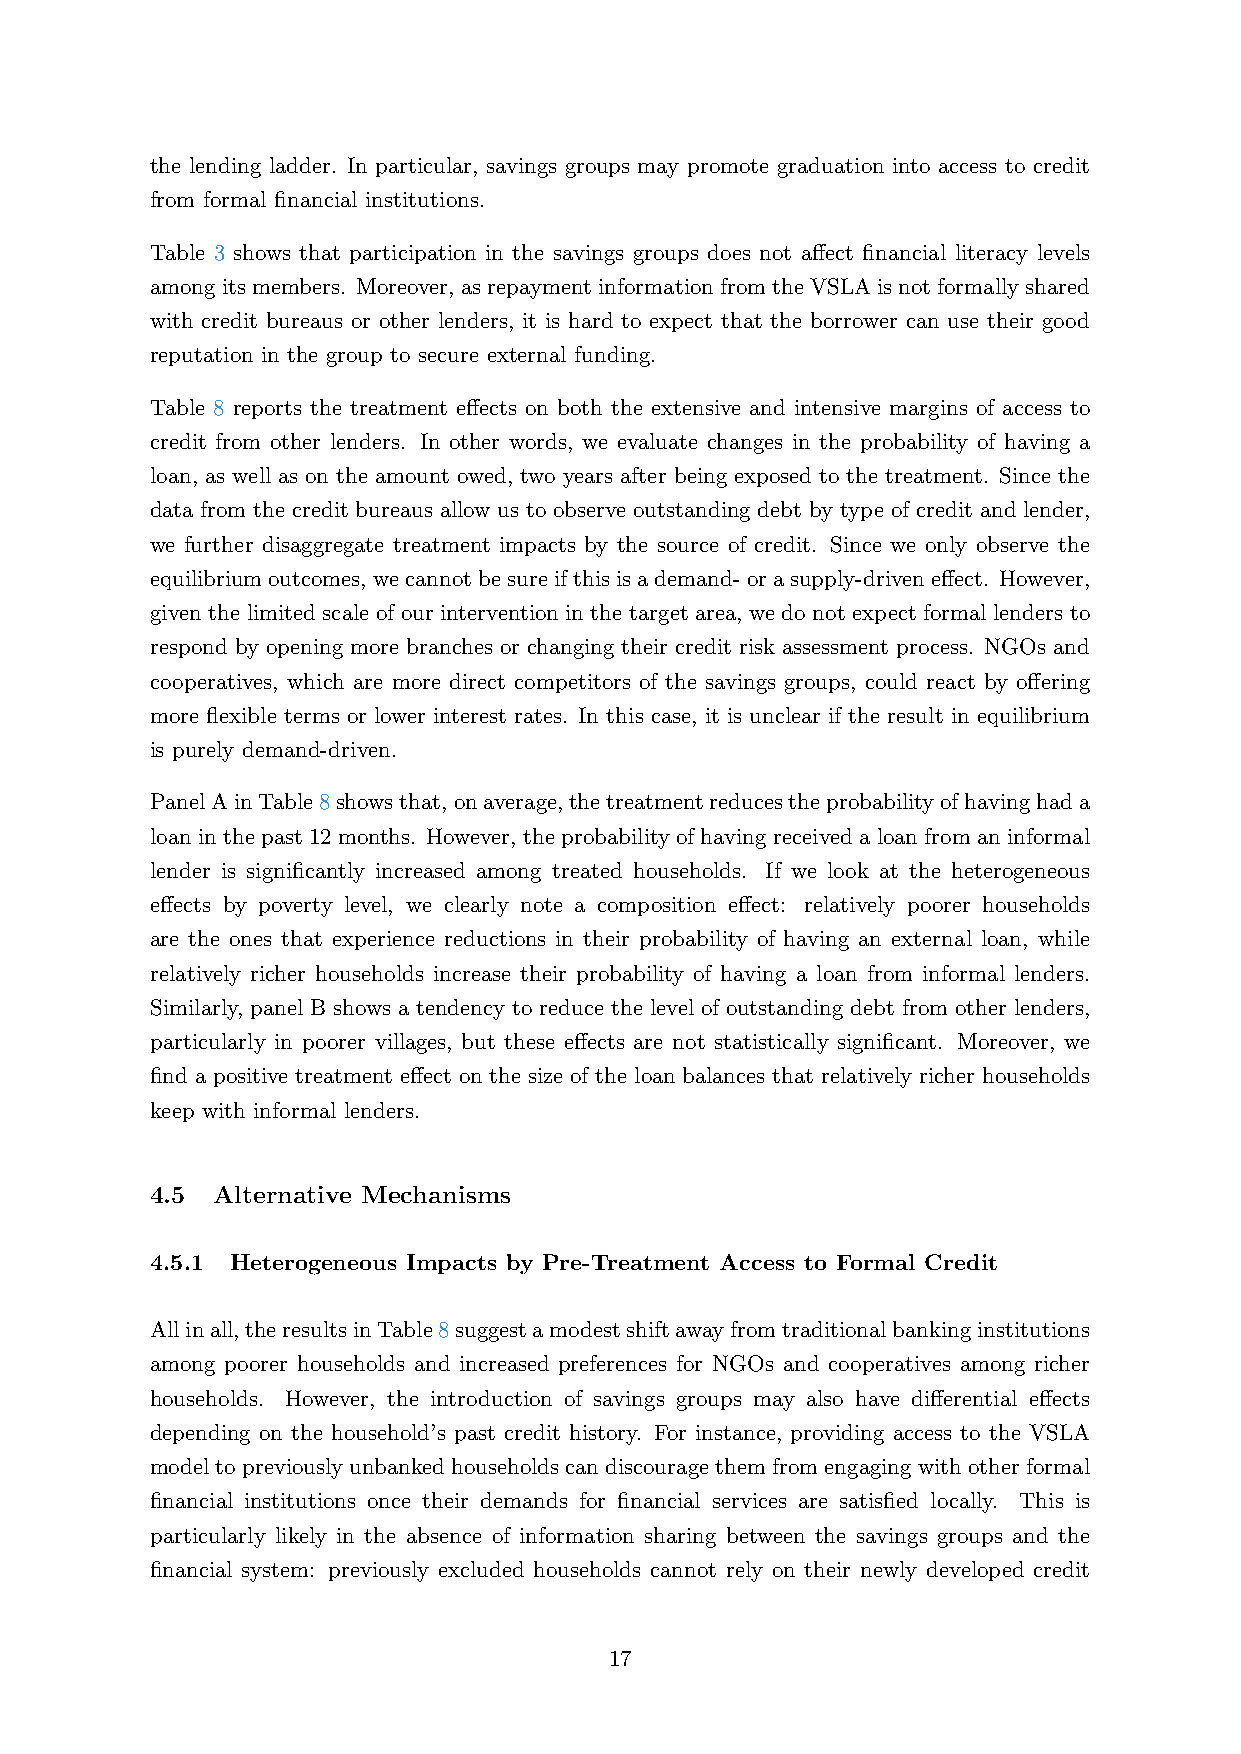
the lending ladder. In particular, savings groups may promote graduation into access to credit
 from formal financial institutions.
 Table 3 shows that participation in the savings groups does not affect financial literacy levels
 amongitsmembers. Moreover, asrepaymentinformationfromtheVSLAisnotformallyshared
 with credit bureaus or other lenders, it is hard to expect that the borrower can use their good
 reputation in the group to secure external funding.
 Table 8 reports the treatment effects on both the extensive and intensive margins of access to
 credit from other lenders. In other words, we evaluate changes in the probability of having a
 loan, as well as on the amount owed, two years after being exposed to the treatment. Since the
 data from the credit bureaus allow us to observe outstanding debt by type of credit and lender,
 we further disaggregate treatment impacts by the source of credit. Since we only observe the
 equilibriumoutcomes, wecannotbesureifthisisademand-orasupply-driveneffect. However,
 given the limited scale of our intervention in the target area, we do not expect formal lenders to
 respond by opening more branches or changing their credit risk assessment process. NGOs and
 cooperatives, which are more direct competitors of the savings groups, could react by offering
 more flexible terms or lower interest rates. In this case, it is unclear if the result in equilibrium
 is purely demand-driven.
 PanelAinTable8showsthat,onaverage,thetreatmentreducestheprobabilityofhavinghada
 loan in the past 12 months. However, the probability of having received a loan from an informal
 lender is significantly increased among treated households. If we look at the heterogeneous
 effects by poverty level, we clearly note a composition effect: relatively poorer households
 are the ones that experience reductions in their probability of having an external loan, while
 relatively richer households increase their probability of having a loan from informal lenders.
 Similarly, panel B shows a tendency to reduce the level of outstanding debt from other lenders,
 particularly in poorer villages, but these effects are not statistically significant. Moreover, we
 find a positive treatment effect on the size of the loan balances that relatively richer households
 keep with informal lenders.
 4.5 Alternative Mechanisms
 4.5.1 Heterogeneous Impacts by Pre-Treatment Access to Formal Credit
 Allinall,theresultsinTable8suggestamodestshiftawayfromtraditionalbankinginstitutions
 among poorer households and increased preferences for NGOs and cooperatives among richer
 households. However, the introduction of savings groups may also have differential effects
 depending on the household’s past credit history. For instance, providing access to the VSLA
 modeltopreviouslyunbankedhouseholdscandiscouragethemfromengagingwithotherformal
 financial institutions once their demands for financial services are satisfied locally. This is
 particularly likely in the absence of information sharing between the savings groups and the
 financial system: previously excluded households cannot rely on their newly developed credit
 17